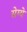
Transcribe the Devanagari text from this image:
सेग्ये